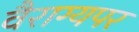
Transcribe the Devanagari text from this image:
वैराग्यपर